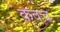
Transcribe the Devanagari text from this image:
क़वच